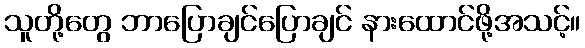
သူတို့တွေ ဘာပြောချင်ပြောချင် နားထောင်ဖို့အသင့်။